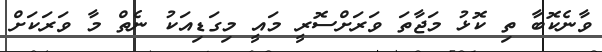
ވާނެކޮބާ ތި ކޮޅު މަޖާތަ ވަރަށްސޮރީ މައީ މިގަޑިއަކު ނެތް މާ ވަރަކަށް